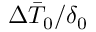
\Delta \bar { T } _ { 0 } / \delta _ { 0 }